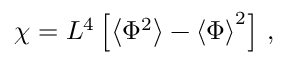
\chi = L ^ { 4 } \left[ \left\langle \Phi ^ { 2 } \right\rangle - \left\langle \Phi \right\rangle ^ { 2 } \right] \, ,